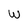
Character: W